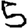
Digit: 5